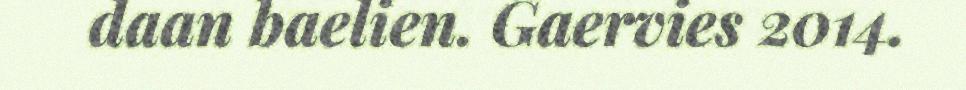
daan baelien. Gaervies 2014.